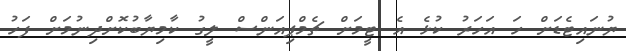
ޔުނައިޓެޑަށް ހަ އަހަރު ކުޅެ އެ ޓީމަށް ޗެމްޕިއަންސް ލީގު ކާމިޔާބުކޮށްދިނުމަށް ފަހު